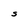
Character: S